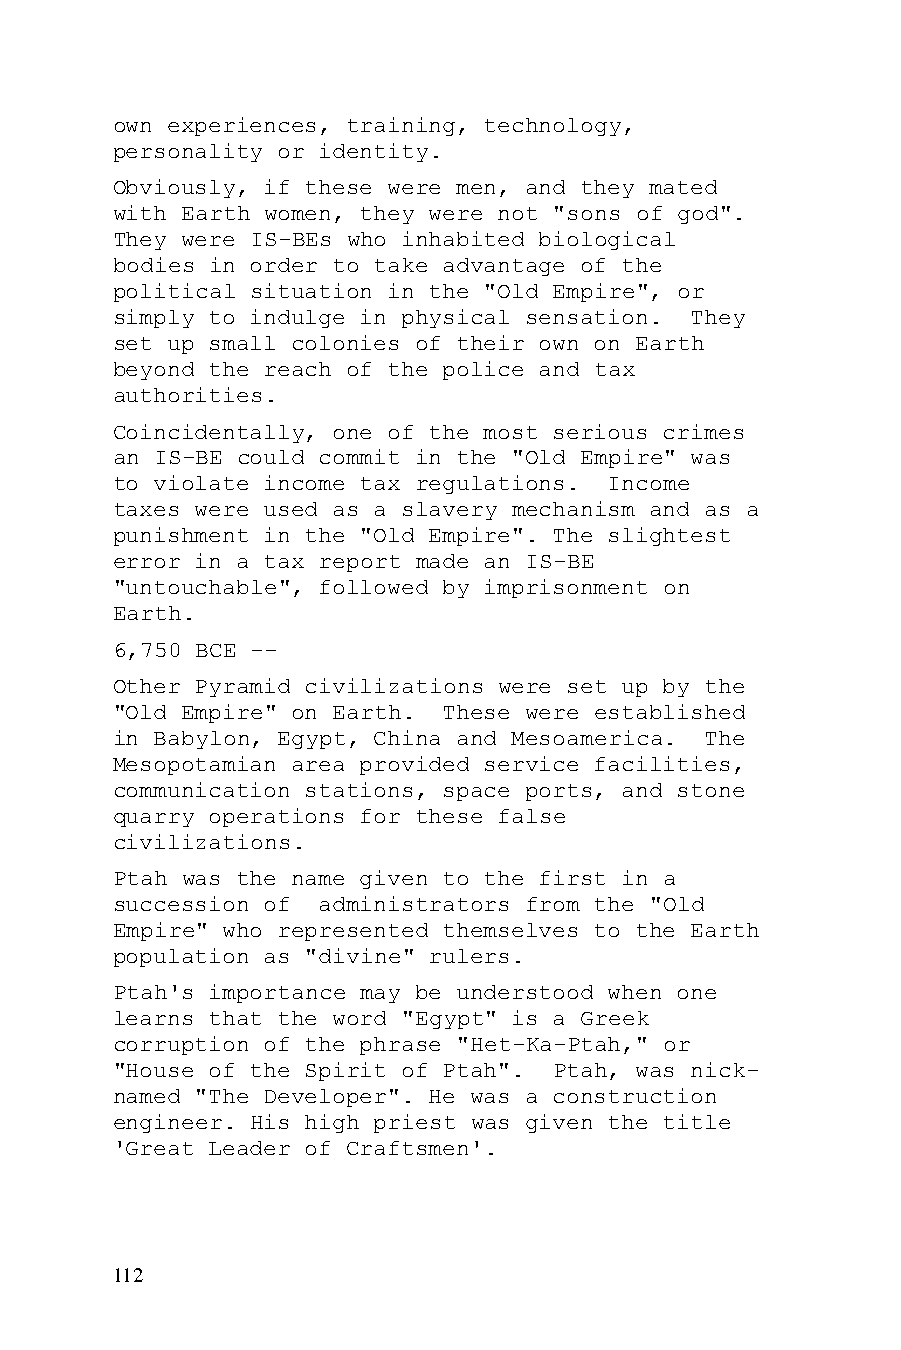
own experiences, training, technology,
 personality or identity.
 Obviously, if these were men, and they mated
 with Earth women, they were not "sons of god".
 They were IS-BEs who inhabited biological
 bodies in order to take advantage of the
 political situation in the "Old Empire", or
 simply to indulge in physical sensation. They
 set up small colonies of their own on Earth
 beyond the reach of the police and tax
 authorities.
 Coincidentally, one of the most serious crimes
 an IS-BE could commit in the "Old Empire" was
 to violate income tax regulations. Income
 taxes were used as a slavery mechanism and as a
 punishment in the "Old Empire". The slightest
 error in a tax report made an IS-BE
 "untouchable", followed by imprisonment on
 Earth.
 6,750 BCE --
 Other Pyramid civilizations were set up by the
 "Old Empire" on Earth. These were established
 in Babylon, Egypt, China and Mesoamerica. The
 Mesopotamian area provided service facilities,
 communication stations, space ports, and stone
 quarry operations for these false
 civilizations.
 Ptah was the name given to the first in a
 succession of administrators from the "Old
 Empire" who represented themselves to the Earth
 population as "divine" rulers.
 Ptah's importance may be understood when one
 learns that the word "Egypt" is a Greek
 corruption of the phrase "Het-Ka-Ptah," or
 "House of the Spirit of Ptah". Ptah, was nick-
 named "The Developer". He was a construction
 engineer. His high priest was given the title
 'Great Leader of Craftsmen'.
 112